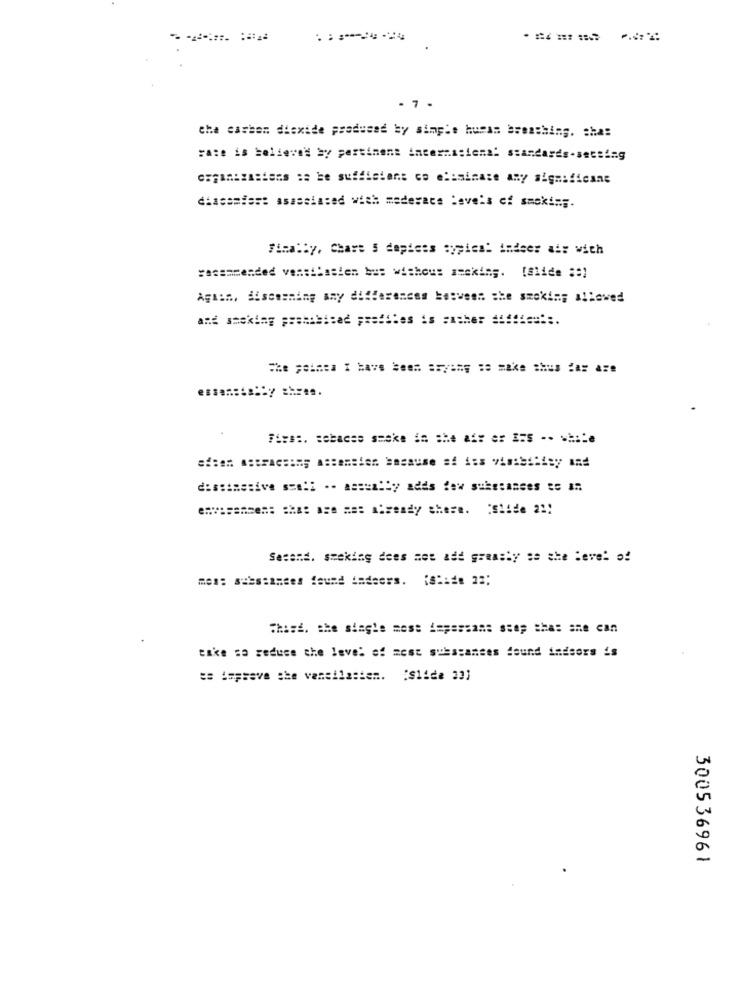
.=====
7
cha carbon dioxide produced by simple human breathing. chas
rate is believed by pertinent internasiena: standards-setting
diacomies: associated with maderace levels of smoking.
Finally, Chave S dapices cypics: indeer ai: with
sacsamended ventilasten bus wishous seeking. [Slide :: )
Again, discerning any differences between the smoking allowed
.========= =====.
Fire :. cebaces smoke in the af: er I=S -- w =:: e
distinctive sss!i .- assun!by adds few substances te a.
Sesand. steking dees mot add greasly as the level of
mes: substances found indoors. (Slide 22:
Thisd. the siagle mest impersans step shas ane can
take sa reduce the level of mest substances found indsors is
te impsave the vencilasten. "Slide 23]
300536961